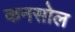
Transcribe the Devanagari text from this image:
कनसोल